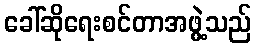
ခေါ်ဆိုရေးစင်တာအဖွဲ့သည်